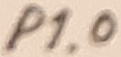
Text: P1.0